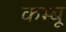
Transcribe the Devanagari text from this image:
कम्बू